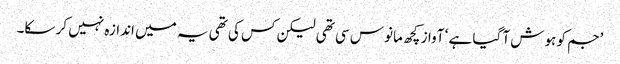
’جم کو ہوش آ گیا ہے ‘ آواز کچھ مانوس سی تھی لیکن کس کی تھی یہ میں اندازہ نہیں کر سکا۔